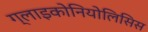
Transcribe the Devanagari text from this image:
ग्लाइकोनियोलिसिस